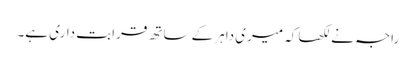
راجہ نے لکھا کہ میری داہر کے ساتھ قرابت داری ہے۔